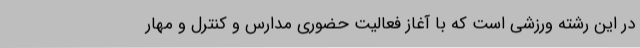
در این رشته ورزشی است که با آغاز فعالیت حضوری مدارس و کنترل و مهار